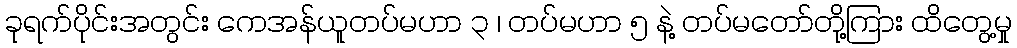
ခုရက်ပိုင်းအတွင်း ကေအန်ယူတပ်မဟာ ၃ ၊ တပ်မဟာ ၅ နဲ့ တပ်မတော်တို့ကြား ထိတွေ့မှု